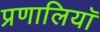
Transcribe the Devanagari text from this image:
प्रणालियॉ